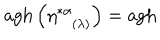
\mathrm { a g h } \left( \eta _ { ( \lambda ) } ^ { * \alpha } \right) = \mathrm { a g h }